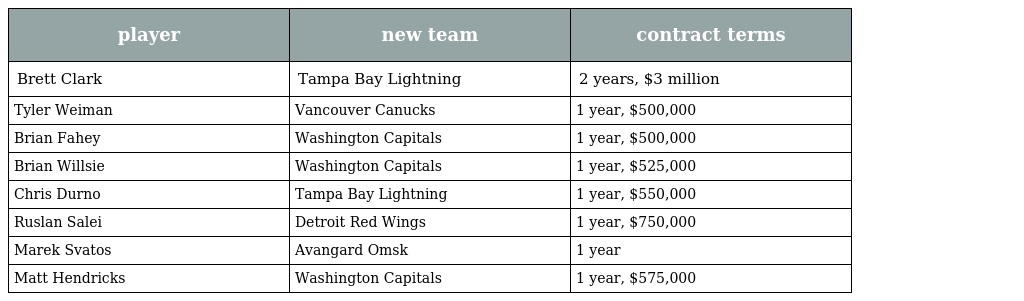
| player | new team | contract terms |
 | --- | --- | --- |
 | Brett Clark | Tampa Bay Lightning | 2 years, $3 million |
 | Tyler Weiman | Vancouver Canucks | 1 year, $500,000 |
 | Brian Fahey | Washington Capitals | 1 year, $500,000 |
 | Brian Willsie | Washington Capitals | 1 year, $525,000 |
 | Chris Durno | Tampa Bay Lightning | 1 year, $550,000 |
 | Ruslan Salei | Detroit Red Wings | 1 year, $750,000 |
 | Marek Svatos | Avangard Omsk | 1 year |
 | Matt Hendricks | Washington Capitals | 1 year, $575,000 |